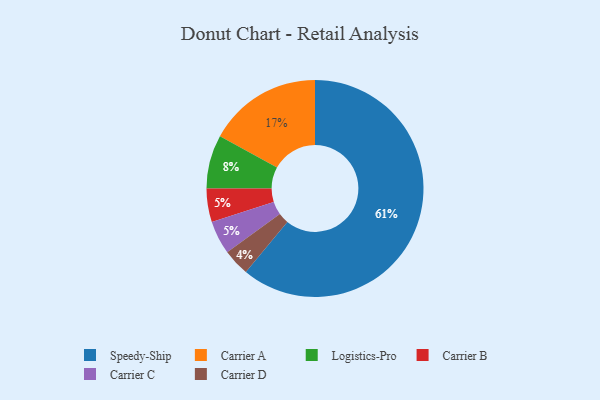
{"axis": {"x": "Category", "y": "Percentage"}, "legend": ["Carrier A", "Carrier B", "Carrier C", "Carrier D", "Logistics-Pro", "Speedy-Ship"], "data": [{"x": "Logistics-Pro", "y": 8, "type": "Logistics-Pro"}, {"x": "Carrier A", "y": 17, "type": "Carrier A"}, {"x": "Carrier D", "y": 4, "type": "Carrier D"}, {"x": "Carrier B", "y": 5, "type": "Carrier B"}, {"x": "Carrier C", "y": 5, "type": "Carrier C"}, {"x": "Speedy-Ship", "y": 61, "type": "Speedy-Ship"}]}